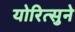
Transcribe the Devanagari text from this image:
योरित्सुने